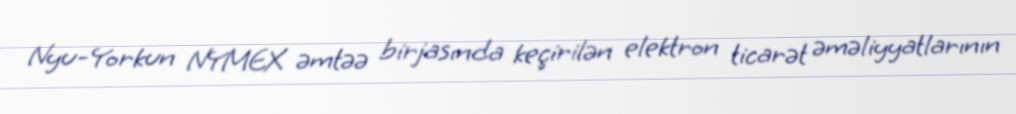
Nyu-Yorkun NYMEX əmtəə birjasında keçirilən elektron ticarət əməliyyatlarının